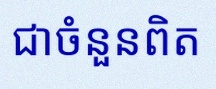
សន្មតថា x ជាចំនួនពិត